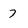
Character: 7